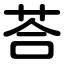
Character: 荅